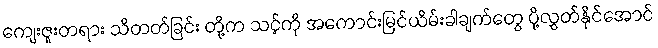
ကျေးဇူးတရား သိတတ်ခြင်း တို့က သင့်ကို အကောင်းမြင်ယိမ်းခါချက်တွေ ပို့လွှတ်နိုင်အောင်